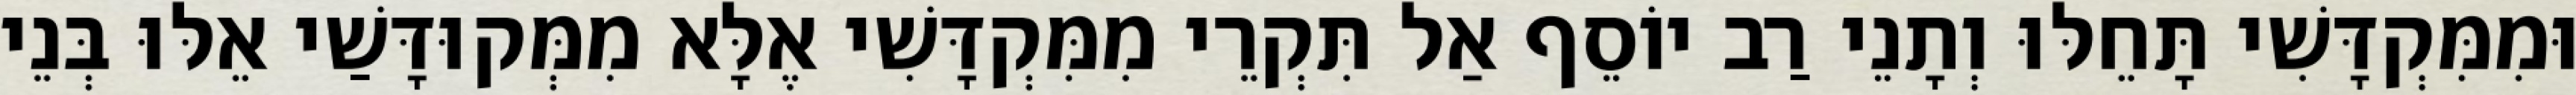
וּמִמִּקְדָּשִׁי תָּחֵלּוּ וְתָנֵי רַב יוֹסֵף אַל תִּקְרֵי מִמִּקְדָּשִׁי אֶלָּא מִמְּקוּדָּשַׁי אֵלּוּ בְּנֵי